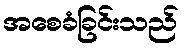
အစေခံခြင်းသည်